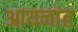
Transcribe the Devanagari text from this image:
आयनांत